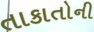
તાકાતોની